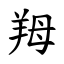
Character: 䍭